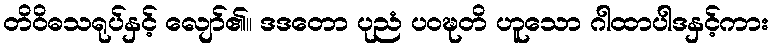
တိဝိဓသရုပ်နှင့် လျော်၏။ ဒဒတော ပုညံ ပဝဍ္ဎတိ ဟူသော ဂါထာပါဒနှင့်ကား